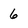
Character: 6